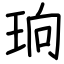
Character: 珦